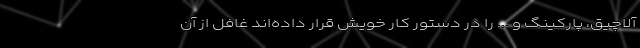
آلاچیق، پارکینگ و ... را در دستور کار خویش قرار داده‌اند غافل از آن